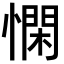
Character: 𢡿